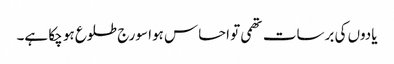
یادوں کی برسات تھمی تو احساس ہوا سورج طلوع ہو چکا ہے۔